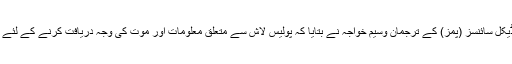
پیر کو پاکستان انسٹی ٹیوٹ آف میڈیکل سائنسز (پمز) کے ترجمان وسیم خواجہ نے بتایا کہ پولیس لاش سے متعلق معلومات اور موت کی وجہ دریافت کرنے کے لئے مزید معلومات اکٹھی کر رہی ہے۔